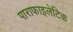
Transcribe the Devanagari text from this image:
पाराफाइलेटिक